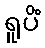
ရူပိံ